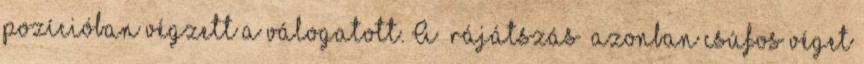
pozícióban végzett a válogatott. A “rájátszás” azonban csúfos véget